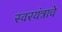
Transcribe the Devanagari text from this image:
स्वरयंत्राचे